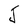
Character: J